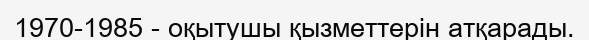
1970-1985 - оқытушы қызметтерін атқарады.